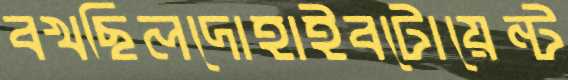
বখছিলদোহাইবটোয়েন্ট